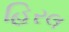
હિરલ